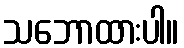
သဘောထားပါ။